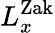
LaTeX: L_{x}^{\mathrm{Zak}}